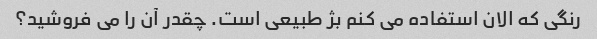
رنگی که الان استفاده می کنم بژ طبیعی است. چقدر آن را می فروشید؟